Report on horse surra - Volume II, Part II
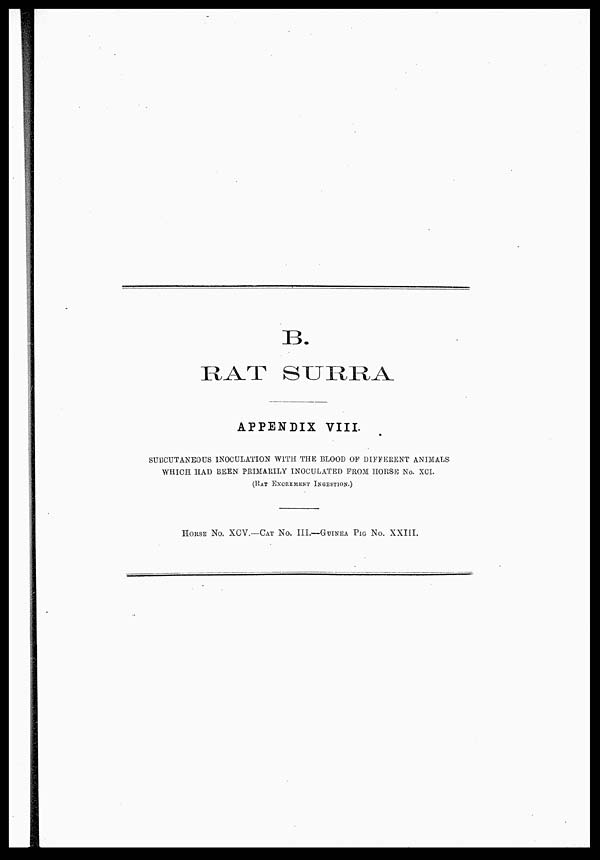
B.
RAT SURRA
APPENDIX VIII.
SUBCUTANEOUS INOCULATION WITH THE BLOOD OF DIFFERENT ANIMALS
WHICH HAD BEEN PRIMARILY INOCULATED FROM HORSE No. XCI.
(RAT EXCREMENT INGESTION.)
HORSE No. XCV.—CAT No. III.—GUINEA PIG No. XXIII.